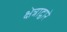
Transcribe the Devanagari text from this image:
क्षेत्राद्वारे